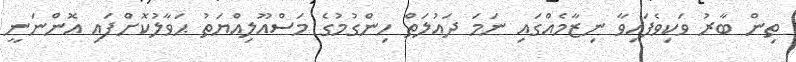
ތިން ބާރު ވަކިވެފައިވާ ނިޒާމެއްގައި ނަމަ ދައުލަތް ހިންގުމުގެ މަސްއޫލިއްޔަތު ޙަވާލުކޮށްފައި އޮންނަނީ